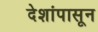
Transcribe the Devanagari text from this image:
देशांपासून